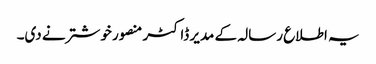
یہ اطلاع رسالہ کے مدیر ڈاکٹر منصور خوشتر نے دی۔